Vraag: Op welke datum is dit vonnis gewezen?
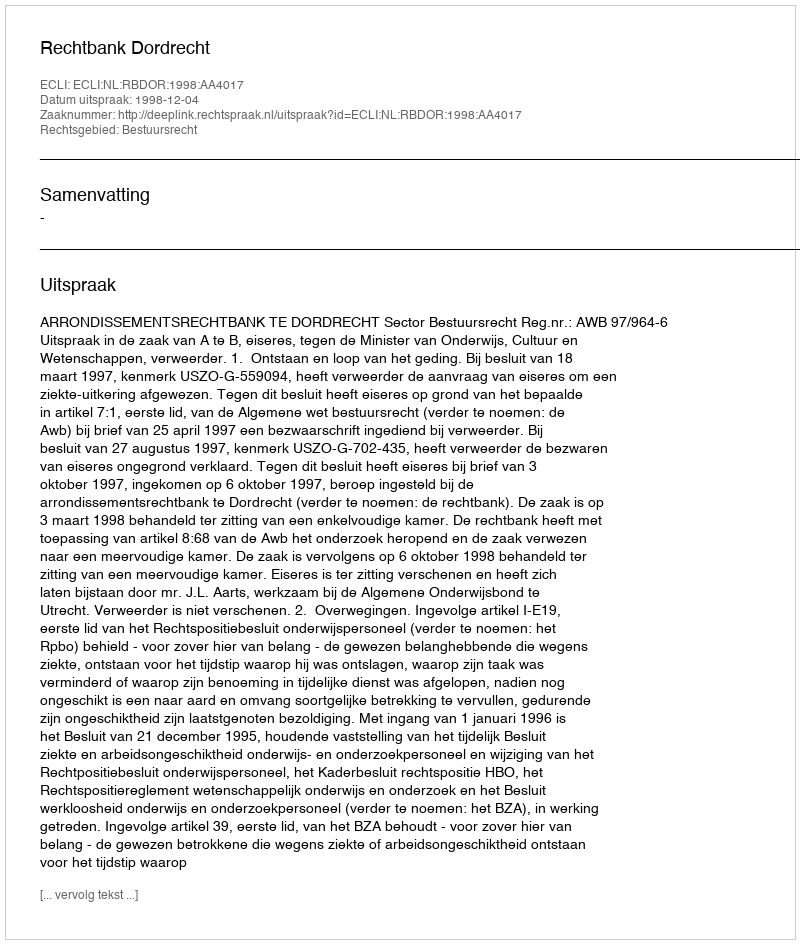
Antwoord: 1998-12-04